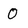
Character: 0